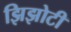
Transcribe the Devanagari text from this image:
झिझोटी